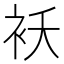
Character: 袄